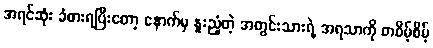
အရင်ဆုံး ခံစားရပြီးတော့ နောက်မှ နူးညံ့တဲ့ အတွင်းသားရဲ့ အရသာကို တစိမ့်စိမ့်